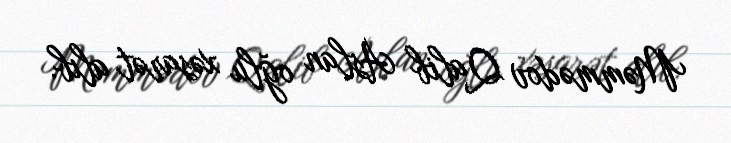
Məmmədov Qalib Aslan oğlu xəsarət alıb.